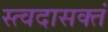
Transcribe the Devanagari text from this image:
स्त्वदासक्तं